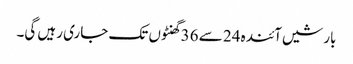
بارشیں آئندہ 24 سے 36 گھنٹوں تک جاری رہیں گی۔